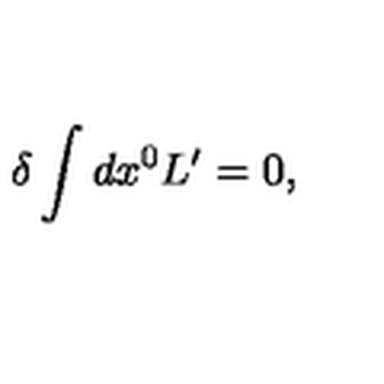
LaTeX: \delta \int d x ^ { 0 } L ^ { \prime } = 0 ,